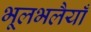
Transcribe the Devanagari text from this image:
भूलभलैयाँ